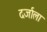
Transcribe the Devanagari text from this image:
दर्जाला